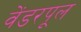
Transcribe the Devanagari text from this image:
वेंडरपूल